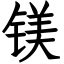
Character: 镁